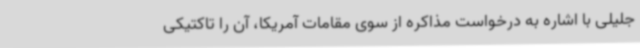
جلیلی با اشاره به درخواست مذاکره از سوی مقامات آمریکا، آن را تاکتیکی